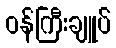
ဝန်ကြီးချူပ်